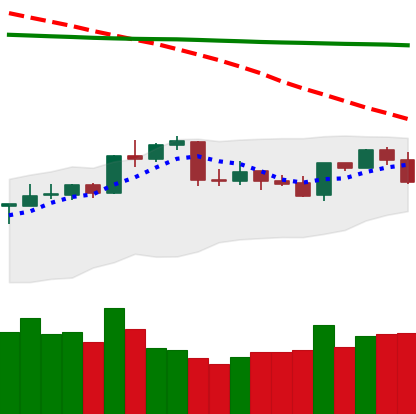
Ticker: NEO-USD
Chart end date: 2020-04-20
Forward return: 16.562%
Label: up_7plus